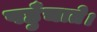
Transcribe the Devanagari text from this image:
पहुँचाते।